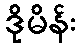
ဒိုမိန်း